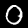
Label: 0